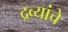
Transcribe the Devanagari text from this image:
द्रव्यांचे